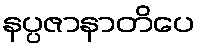
နပ္ပဇာနာတိပေ